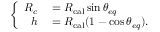
\left\{ \begin{array} { r l } { R _ { c } } & { { } = R _ { \mathrm { c a l } } \sin \theta _ { e q } } \\ { h } & { { } = R _ { \mathrm { c a l } } ( 1 - \cos \theta _ { e q } ) . } \end{array} \right.